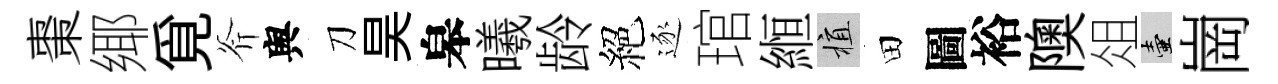
棗鄊覓斧舆刀昊皋曦龄絕逐琯縆植田圖裕隩俎壺崗